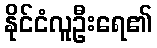
နိုင်ငံလူဦးရေ၏